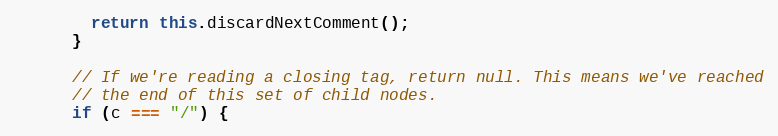
Language: JavaScript
        return this.discardNextComment();
      }

      // If we're reading a closing tag, return null. This means we've reached
      // the end of this set of child nodes.
      if (c === "/") {